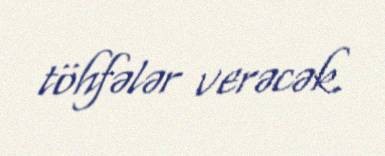
töhfələr verəcək.